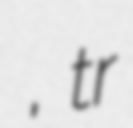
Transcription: санаторий Алатау, tr